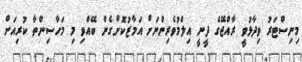
މިނިސްޓަރު ވިދާޅުވީ ރާއްޖޭގެ ދީނީ އިލްމުވެރިންނަށް އަމާޒުކޮށްގެން ބޭއްވި މި މަހާސިންތާ ކުރިއަށް